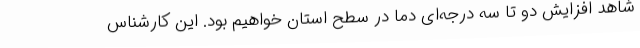
شاهد افزایش دو تا سه درجه‌ای دما در سطح استان خواهیم بود. این کارشناس